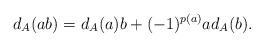
LaTeX: \begin{align*}d_A(ab)=d_A(a)b+(-1)^{p(a)}ad_A(b).\end{align*}